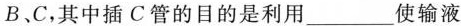
B、C，其中插C管的目的是利用___使输液